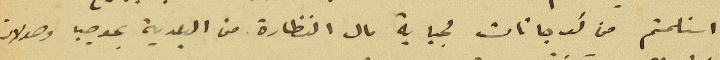
استلمتم من كوجانات لجباية مال النظارة من البلدية بموجب وصولات